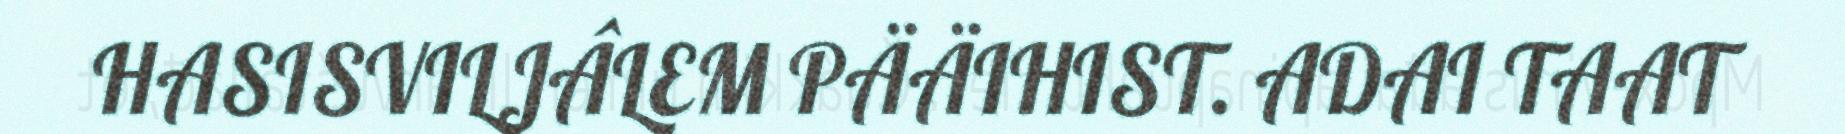
HASISVILJÂLEM PÄÄIHIST. ADAI TAAT